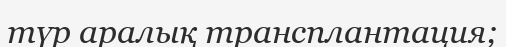
түр аралық трансплантация;